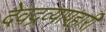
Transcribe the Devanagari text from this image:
देवद्रव्यापहारी